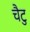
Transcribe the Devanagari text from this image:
चैटु